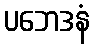
ပဘေဒနံ